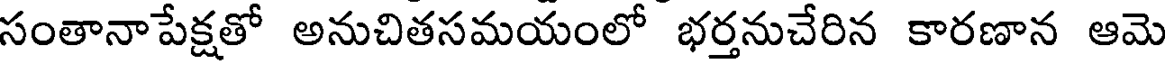
సంతానాపేక్షతో అనుచితసమయంలో భర్తనుచేరిన కారణాన ఆమె